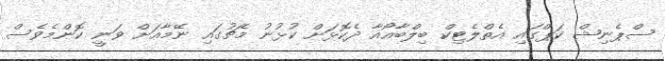
ސްޕެނިޝް ކަޕްގައި އެތްލެޓިކް ބިލްބާއޯއާ ދެކޮޅަށް ކުޅުނު މެޗުގައި ނޭމާއަށް ވަނީ ކޮންމެވެސް